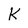
Character: K